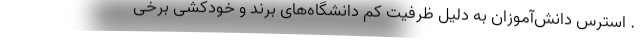
. استرس دانش‌آموزان به دلیل ظرفیت کمِ دانشگاه‌های برند و خودکشی برخی